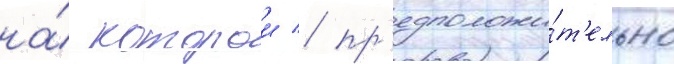
на́ которои / пр'едположи́т'ельно